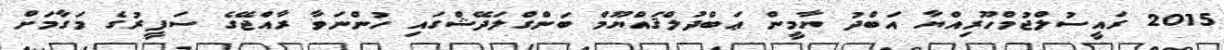
2015 ރައީސުލްޖުމްހޫރިއްޔާ އަބްދު ޔާމީން ޢަބްދުލްޤައްޔޫމް ބަންގްލަދޭޝްގައި ހުންނަވާ ރާއްޖޭގެ ސަފީރުގެ މަގާމަށް